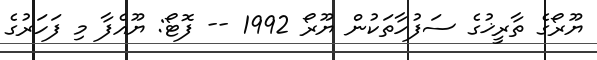
ޔޫރޯގެ ތާރީޚުގެ ސަފުހާތަކުން ޔޫރޯ 1992 -- ފޮޓޯ: ޔޫއެފާ މި ފަހަރުގެ